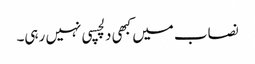
نصاب میں کبھی دلچسپی نہیں رہی۔